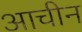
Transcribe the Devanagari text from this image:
आचीन